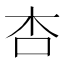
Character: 杏